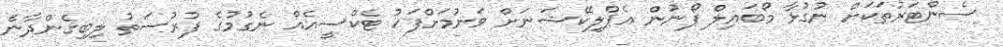
ސެންޓަރުތަަކަށް ނުގުޅާ މޯބައިލް ފޯނުން އެޕްލިކޭޝަނަށް ވަނުމަށްފަހު ޓެކްސީއެއް ނެގުމުގެ ފުރުސަތު ލިބިގެންދާނެ